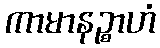
ကာမာနဉ္စာဟံ